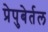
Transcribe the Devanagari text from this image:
प्रेपुबेर्तल